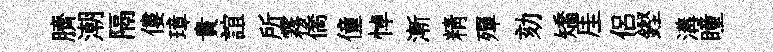
臍潮隔僂璋貴誼所霧僑僮悼漸精殫劾矯厓侣鏗溝瞳